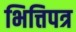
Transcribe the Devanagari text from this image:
भित्तिपत्र